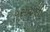
વસવાણી